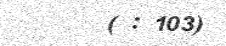
( : 103)